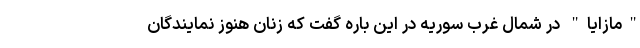
"مازایا" در شمال غرب سوریه در این باره گفت که زنان هنوز نمایندگان